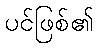
ပင်ဖြစ်၏